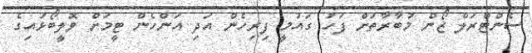
ސެންޓްރަލް ޒޯން މުބާރާތަށް ފަހު ގައުމީ ފިރިހެން އަދި އަންހެން ޓީމަށް ވޮލީބޯޅައިގެ